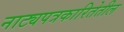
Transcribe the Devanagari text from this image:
नाट्यपत्रकारितेतील